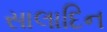
સાલાદિન